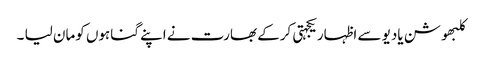
کلبھوشن یادیو سے اظہاریکجہتی کرکے بھارت نے اپنے گناہوں کومان لیا ۔